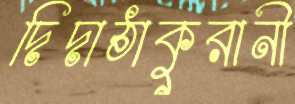
দিদাঠাকুরানী